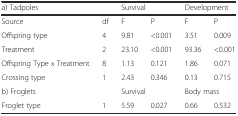
<table><thead><tr><td><b>a) Tadpoles</b></td><td>[EMPTY_CELL]</td><td colspan="2"><b>Survival</b></td><td colspan="2"><b>Development</b></td></tr></thead><tbody><tr><td>Source</td><td>df</td><td>F</td><td>P</td><td>F</td><td>P</td></tr><tr><td>Offspring type</td><td>4</td><td>9.81</td><td>&lt;0.001</td><td>3.51</td><td>0.009</td></tr><tr><td>Treatment</td><td>2</td><td>23.10</td><td>&lt;0.001</td><td>93.36</td><td>&lt;0.001</td></tr><tr><td>Offspring Type x Treatment</td><td>8</td><td>1.13</td><td>0.121</td><td>1.86</td><td>0.071</td></tr><tr><td>Crossing type</td><td>1</td><td>2.43</td><td>0.346</td><td>0.13</td><td>0.715</td></tr><tr><td>b) Froglets</td><td>[EMPTY_CELL]</td><td colspan="2">Survival</td><td colspan="2">Body mass</td></tr><tr><td>Froglet type</td><td>1</td><td>5.59</td><td>0.027</td><td>0.66</td><td>0.532</td></tr></tbody></table>